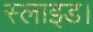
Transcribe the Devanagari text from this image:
स्लाइड।